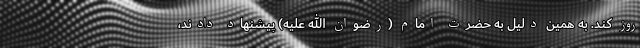
روز کند. به همین دلیل به حضرت امام (رضوان الله علیه) پیشنهاد دادند،